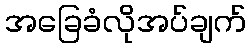
အခြေခံလိုအပ်ချက်